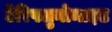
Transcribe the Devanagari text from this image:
टेरिफ्लुनोमाइड